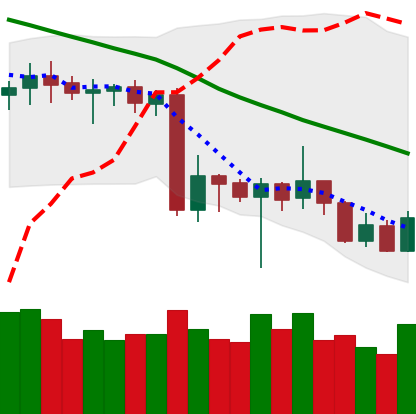
Ticker: XRP-USD
Chart end date: 2020-06-22
Forward return: -6.5625%
Label: down_5_7